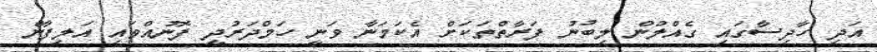
އަދި ހާދިސާގައި ގެއްލުން ލިބުނު ފަރާތްތަަކަށް އެކަމަނާ ވަނީ ހަމްދަރުދީ ފޮނުއްވައި އަލިފާން